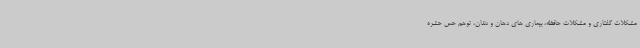
مشکلات گفتاری و مشکلات حافظه، بیماری های دهان و دندان، توهم حس حشره